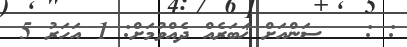
: :   ސަންއަށް ޚަބަރެއް ދެއްވުމަށް: 1 އަހަރު 5